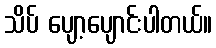
သိပ် ပျော့ပျောင်းပါတယ်။